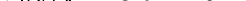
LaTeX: \smash{v_{\mathrm{~d~a~r~k~}}\approx 8.5\times 10^{-5}}